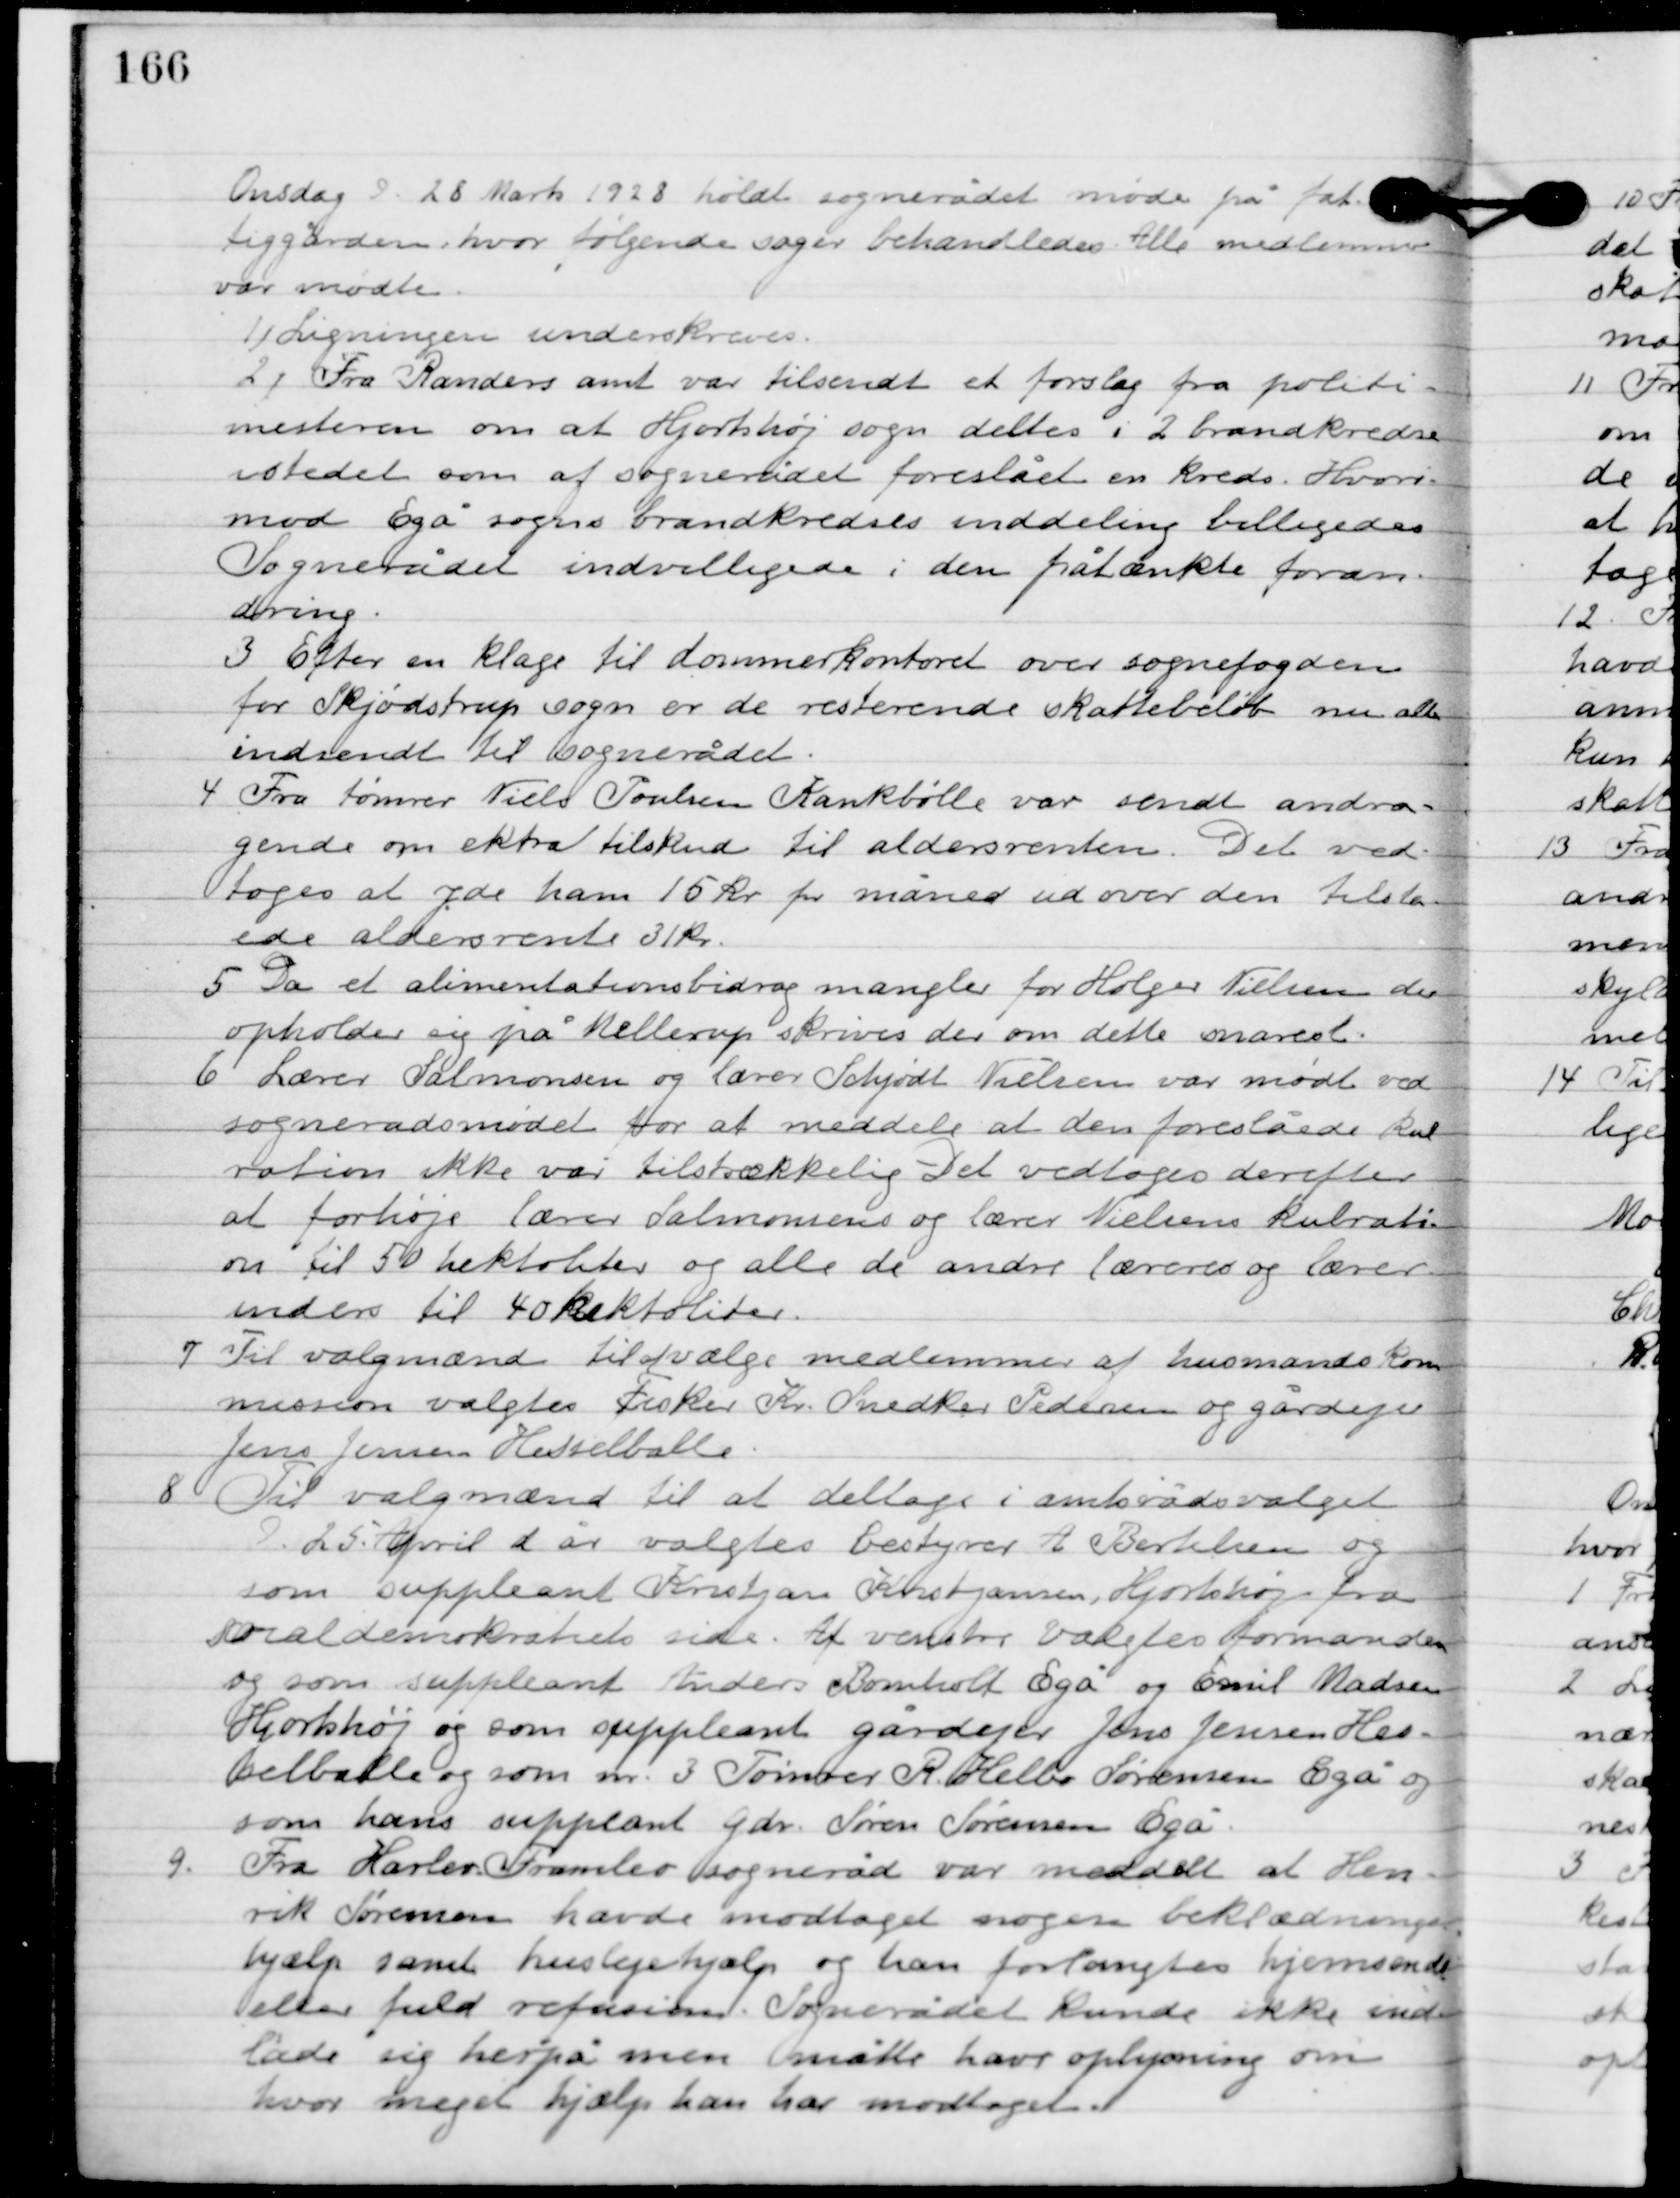
Transskription:
Onsdag D. 28. Marts 1928 holdt sognerådet møde på fat-
tiggården, hvor følgende sager behandledes. Alle medlemmer
var mødte.

1

Ligning underskrives.

2

Fra Randers amt var tilsendt et forslag fra politi-
mesteren om at Hjortshøj sogn deltes i 2 brandkredse
i stedt som af sognerådet foreslået en kreds. Hvori-
mod Egå sogns brandkredse inddeles billigedes.
Sognerådet indvilligede i den påtænkte foran-
dring.

3

Efter en klage til dommerkontoret over sognefogeden
for Skjødstrup sogn er de resterende skattebeløb nu alle
indsendt til sognerådet.

4

Fra tømrer Niels Poulsen Krankbølle var sendt andra-
gende om ekstra tilskud til aldersrenten. Det ved-
toges at yde ham 15 kr. pr. måned ud over den tilsta-
ede aldersrente 31 kr.

5

Da et alimentationsbidrag mangler for Holger Nielsen der
opholder sig på Hellerup skrives de om dette snarest.

6

Lærer Salomonsen og lærer Schjødt Nielsen var mødt ved
sognerådsmødet for at meddele at den foreslåede kul-
ration ikke var tilstrækkelig. Det vedtoges derefter
at forhøje lærer Salomons og lærer Nielsens kulrati-
on til 50 hektoliter og alle de andre lærer og lærer-
 inder til 40 hektoliter.

7

Til valgmænd til at vælge medlemmer af husmands kom-
mission valgtes Fisker Kr. Snedker Pedersen og gårdejer
Jens Jensen Hesselballe.

8

Til valgmænd til at deltage i amtsrådsvalget
D. 25. April d. år valgtes bestyrer A. Bertelsen og
som suppleant Kristjan Kristjansen Hjortshøj fra
socialdemokratiets side. Af venstre valgtes formanden
og som suppleant Anders Bomholt Egå og Emil Madsen
Hjortshøj og som suppleant gårdejer Jens Jensen He-
sselballe og som nr. 3 tømrer R. Helbo Sørensen Egå og
som hans suppleant gdr. Søren Søresen Egå.

9

Fra Harlev-Framlev sogneråd var meddelt at Hen-
rik Sørensen havde modtaget nogen beklædnings-
hjælp samt huslejehjælp og hans forlangtes hjemsendt
eller fuld refusion. Sognerådet kunde ikke ind-
lade sig herpå men måtte have oplysning om
hvor meget hjælp han har modtaget.